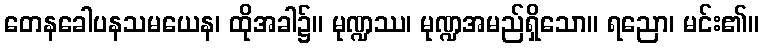
တေနခေါပနသမယေန၊ ထိုအခါ၌။ မုဏ္ဍဿ၊ မုဏ္ဍအမည်ရှိသော။ ရညော၊ မင်း၏။